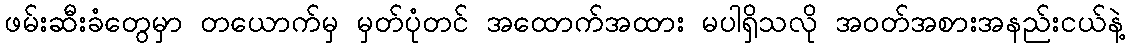
ဖမ်းဆီးခံတွေမှာ တယောက်မှ မှတ်ပုံတင် အထောက်အထား မပါရှိသလို အဝတ်အစားအနည်းငယ်နဲ့